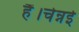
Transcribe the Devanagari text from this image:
हैं।चेन्नई